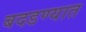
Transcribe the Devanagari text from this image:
बदडण्यात